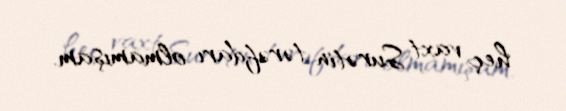
heç vaxt Surətin tərəfdarı olmamışam.